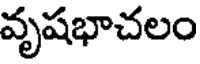
వృషభాచలం